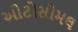
ઓટોસોમલ